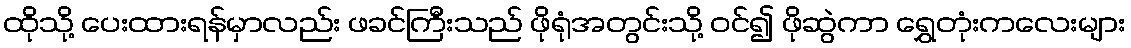
ထိုသို့ ပေးထားရန်မှာလည်း ဖခင်ကြီးသည် ဖိုရုံအတွင်းသို့ ဝင်၍ ဖိုဆွဲကာ ရွှေတုံးကလေးများ